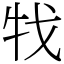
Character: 牫